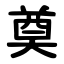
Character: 奠